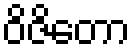
ဝိဇိတော